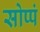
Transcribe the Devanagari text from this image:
सोप्पं